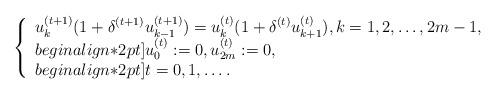
LaTeX: \begin{align*}\left\{\begin{array}{l}\displaystyle u_k^{(t+1)}(1+\delta^{(t+1)}u_{k-1}^{(t+1)})=u_k^{(t)}(1+\delta^{(t)}u_{k+1}^{(t)}),k=1,2,\dots,2m-1,\\begin{align*}2pt]\displaystyle u_0^{(t)}:=0,u_{2m}^{(t)}:=0,\quad\\begin{align*}2pt] t=0,1,\dots.\end{array}\right.\end{align*}